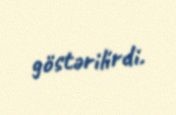
göstərilirdi.